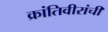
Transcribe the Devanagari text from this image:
क्रांतिवीरांची